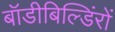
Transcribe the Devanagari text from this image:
बॉडीबिल्डिंरों